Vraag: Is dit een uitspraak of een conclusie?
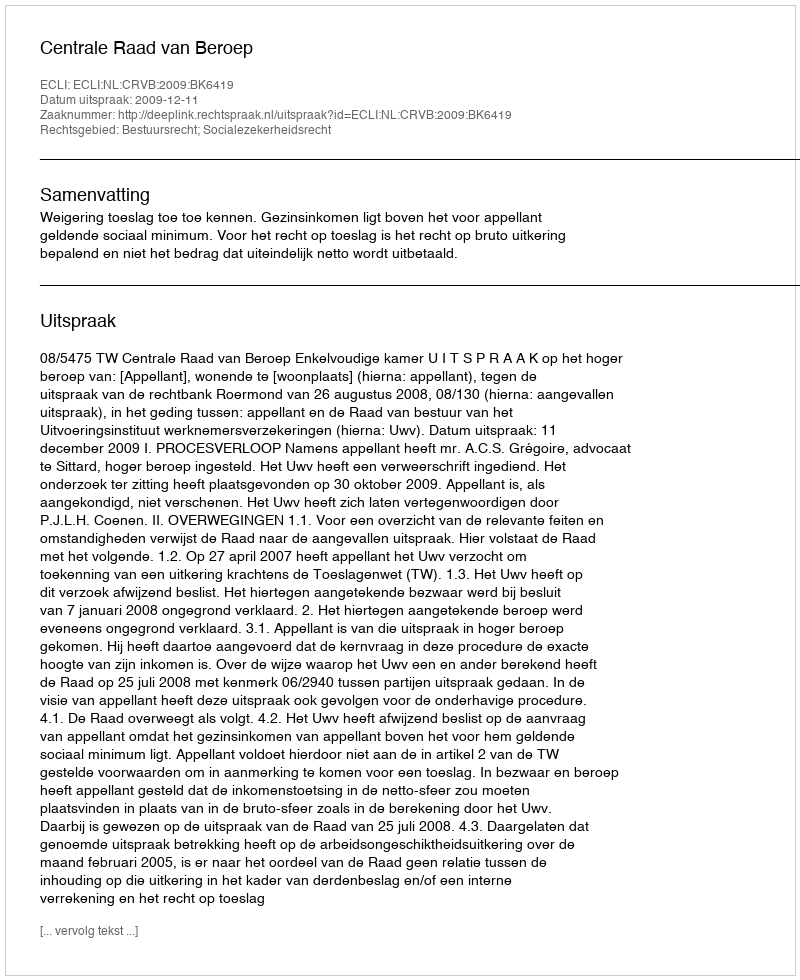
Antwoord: Uitspraak